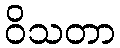
ဝိသတာ